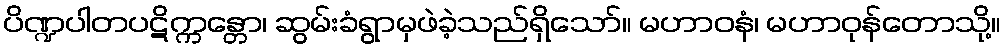
ပိဏ္ဍပါတပဋိက္ကန္တော၊ ဆွမ်းခံရွာမှဖဲခဲ့သည်ရှိသော်။ မဟာဝနံ၊ မဟာဝုန်တောသို့။